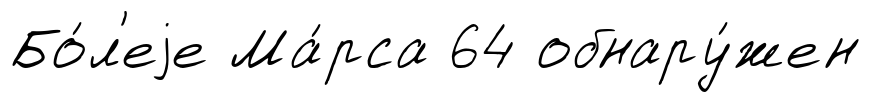
Бо́л'еjе Ма́рса 64 обнару́жен